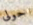
حولى